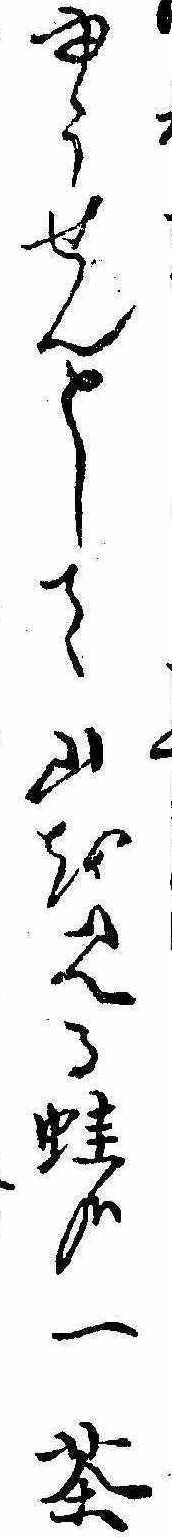
ゆうせんとして山を見る蛙哉一茶